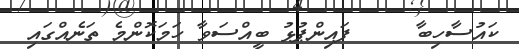
ކައުސާހިބާ     ފައިންޕުޅު ބީއްސަވާ ހަމަކޮންމެ ތަނެއްގައި